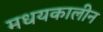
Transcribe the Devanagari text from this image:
मधयकालीन